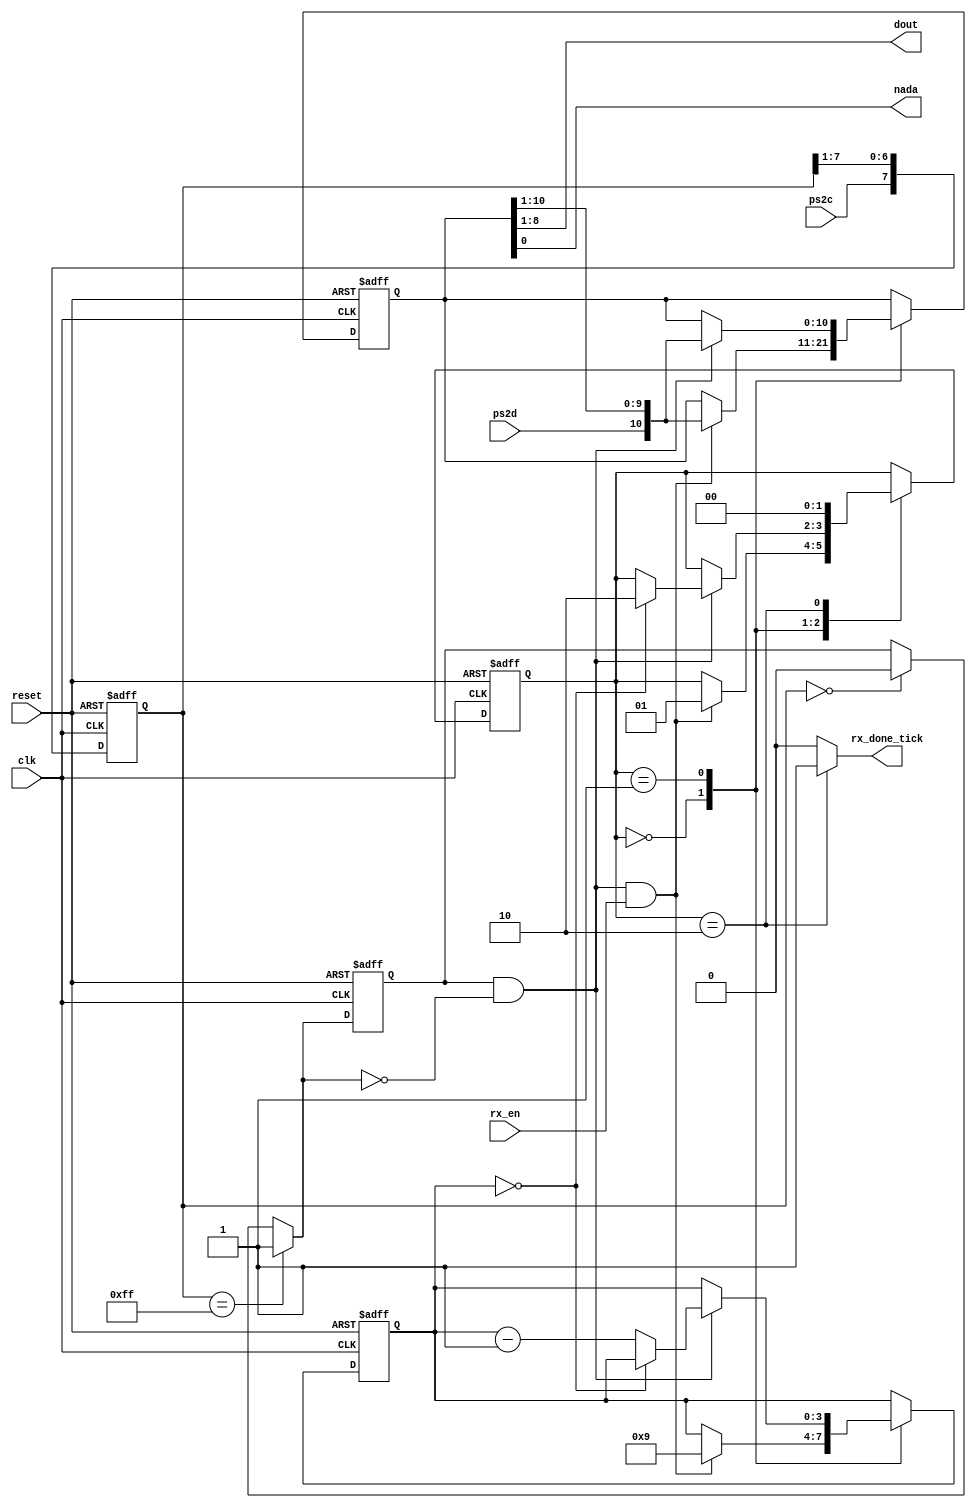
`timescale 1ns / 1ps
//////////////////////////////////////////////////////////////////////////////////
// Company: 
// Engineer: 
// Module Name:    PS2 
// Description: 
//////////////////////////////////////////////////////////////////////////////////

module PS2(

	input wire clk,reset,
	input wire ps2d,ps2c,rx_en, //clk con T = 60 us = 10 kHz // rx_en = 1 para usar el teclado
	output reg rx_done_tick,
	output wire [7:0] dout,
	output wire nada
	);
	 
	localparam [1:0]
		idle = 2'b00,
		dps = 2'b01,
		load = 2'b10;
		
	reg [1:0] state_reg, state_next;
	reg [7:0] filter_reg;
	wire [7:0] filter_next;
	reg f_ps2c_reg;
	wire f_ps2c_next;
	reg [3:0] n_reg, n_next;
	reg [10:0] b_reg, b_next;
	wire fall_edge;
	
	always @(posedge clk,posedge reset)
	if(reset)
		begin	
			filter_reg <= 0;
			f_ps2c_reg <= 0;
		end
	else
		begin
			filter_reg <= filter_next;
			f_ps2c_reg <= f_ps2c_next;
		end
	
	assign filter_next = {ps2c,filter_reg[7:1]};
	assign f_ps2c_next = (filter_reg == 8'b11111111) ? 1'b1 :
								(filter_reg == 8'b00000000) ? 1'b0 :
								 f_ps2c_reg;
	assign fall_edge = f_ps2c_reg & ~f_ps2c_next;
	
	//FSM
	
	always @(posedge clk, posedge reset)
		if (reset)
			begin
				state_reg <= idle;
				n_reg <= 0;
				b_reg <= 0;
			end
		else
			begin
				state_reg <= state_next;
				n_reg <= n_next;
				b_reg <= b_next;
			end
			
	// FSM lgica del estado siguiente
	
	always @*
		begin
			state_next = state_reg;
			rx_done_tick = 1'b0;
			n_next = n_reg;
			b_next = b_reg;
			case (state_reg)
				idle:
					if (fall_edge & rx_en)
						begin
							//desplaza el bit inicial
							b_next = {ps2d, b_reg[10:1]};
							n_next = 4'b1001;
							state_next = dps;
						end
				dps: //8 data + 1 parity+ 1 stop
					if (fall_edge)
						begin
							b_next = {ps2d,b_reg[10:1]};
							if (n_reg == 0)
								state_next = load;
							else
								n_next = n_reg - 1'b1;
						end
				load:
					begin
						state_next = idle;
						rx_done_tick = 1'b1;
					end
			endcase
		end
	// output
	assign dout = b_reg[8:1];
	assign nada = b_reg[0];
	
endmodule